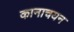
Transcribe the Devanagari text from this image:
कानाचयन